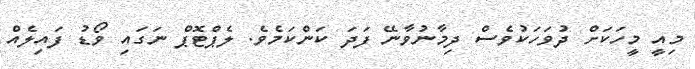
މިއީ މީހަކަށް ދުވަހަކުވެސް ދިމާނުވާނޭ ފަދަ ކަންކަމެވެ. ލެޕްޓޮޕް ނަގައި ވޯޑު ފައިލެއް